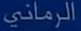
الرماني